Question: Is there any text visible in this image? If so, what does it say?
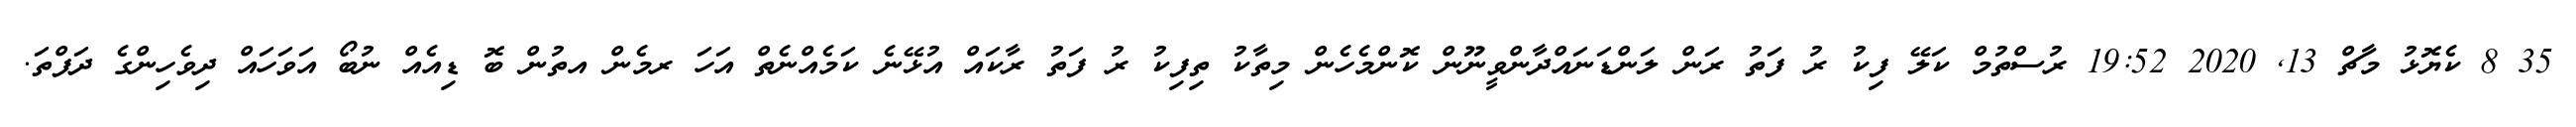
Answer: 35 8 ކެޔޮޅު މާޗް 13, 2020 19:52 ރުސްތުމް ކަލޭ ފިކު ރު ފަތު ރަން ލަންޑަނައްދާންވީނޫން ކޮންމެހެން މިތާކު ތިފިކު ރު ފަތު ރާކައް އުޅޭނެ ކަމެއްނެތް އަހަ ރމެން އތުން ބޮ ޑިއެއް ނުބޯ އަވަހައް ދިވެހިންގެ ދަފްތަ.